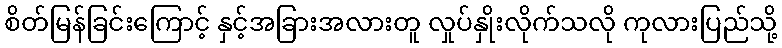
စိတ်မြန်ခြင်းကြောင့် နှင့်အခြားအလားတူ လှုပ်နှိုးလိုက်သလို ကုလားပြည်သို့